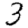
Digit: 3